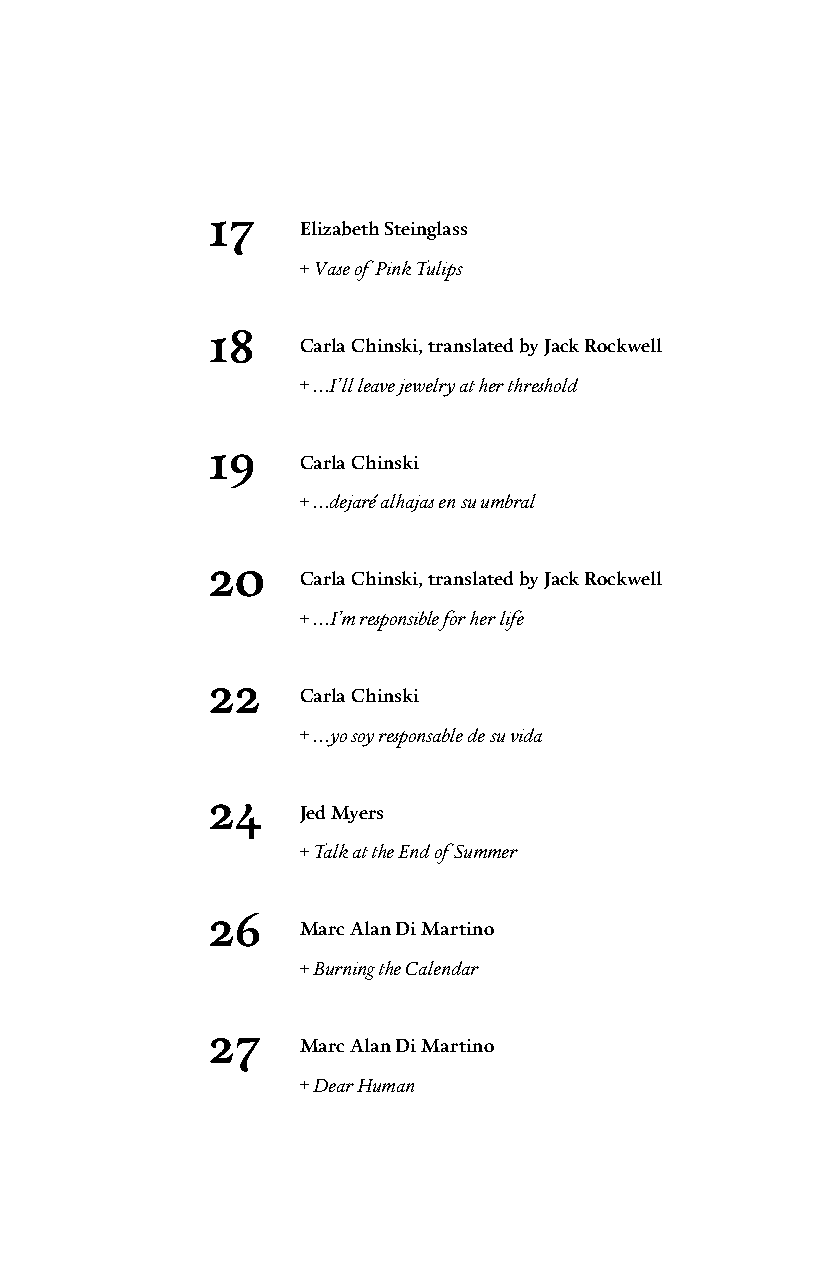
17
 Elizabeth Steinglass
 + Vase of Pink Tulips
 18
 Carla Chinski, translated by Jack Rockwell
 + …I’ll leave jewelry at her threshold
 19
 Carla Chinski
 + …dejaré alhajas en su umbral
 20
 Carla Chinski, translated by Jack Rockwell
 + …I’m responsible for her life
 22
 Carla Chinski
 + …yo soy responsable de su vida
 24
 Jed Myers
 + Talk at the End of Summer
 26
 Marc Alan Di Martino
 + Burning the Calendar
 27
 Marc Alan Di Martino
 + Dear Human